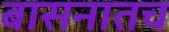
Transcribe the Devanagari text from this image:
बासनातच